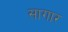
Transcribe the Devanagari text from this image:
सागार